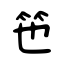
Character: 竾